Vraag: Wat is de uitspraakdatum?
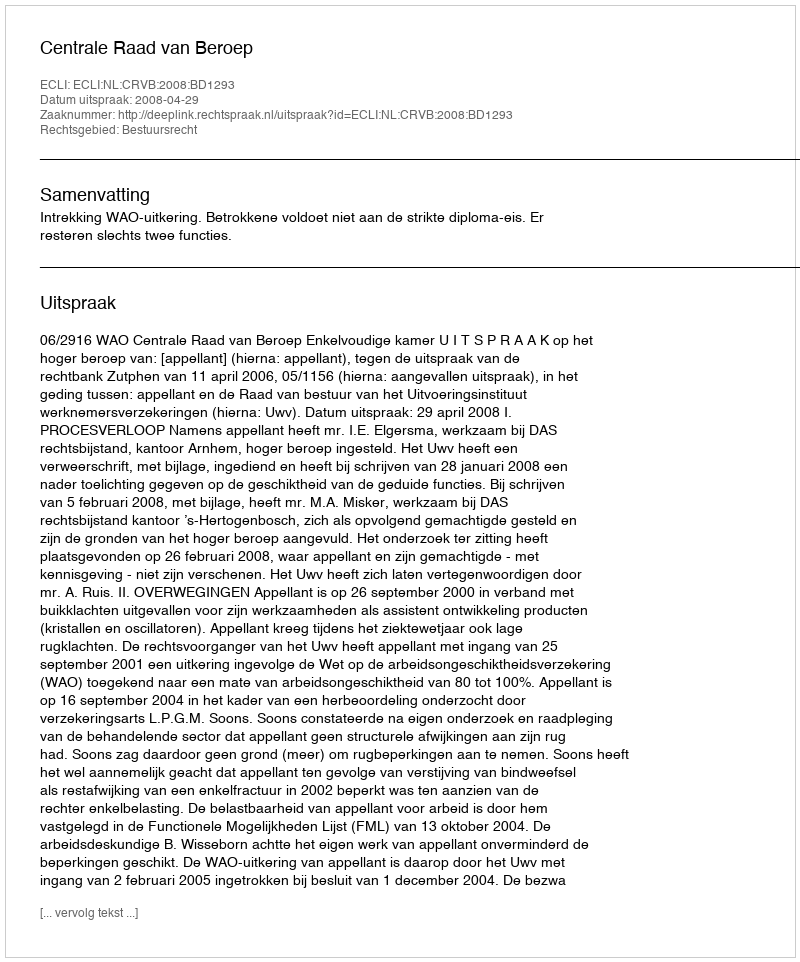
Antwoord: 2008-04-29